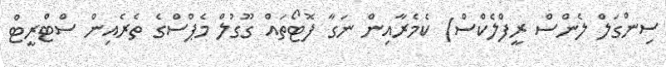
ސިންގަލް ލެންސް ރީފްލެކްސް) ކެމެރާއިން ނަގާ ފޮޓޯތައް ގޫގުލް މެޕްސްގެ ތެރެއިން ސްޓްރީޓް